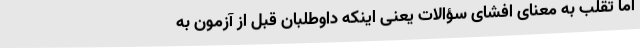
اما تقلب به معنای افشای سؤالات یعنی اینکه داوطلبان قبل از آزمون به